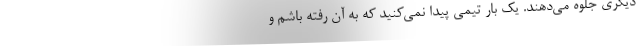
دیگری جلوه می‌دهند. یک بار تیمی پیدا نمی‌کنید که به آن رفته باشم و